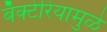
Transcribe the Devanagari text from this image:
बॅक्टेरियामुळे